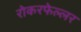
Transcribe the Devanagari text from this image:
रोकरफेल्लर